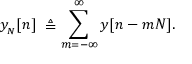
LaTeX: y _ { _ { N } } [ n ] \ \triangleq \sum _ { m = - \infty } ^ { \infty } y [ n - m N ] .